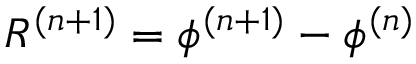
R ^ { ( n + 1 ) } = \phi ^ { ( n + 1 ) } - \phi ^ { ( n ) }